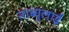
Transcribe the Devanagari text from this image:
नाब्युलाई